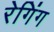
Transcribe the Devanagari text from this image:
रेगिंग